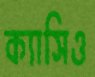
ক্যাসিও